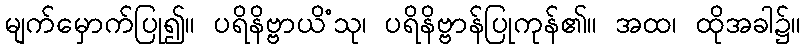
မျက်မှောက်ပြု၍။ ပရိနိဗ္ဗာယိံသု၊ ပရိနိဗ္ဗာန်ပြုကုန်၏။ အထ၊ ထိုအခါ၌။